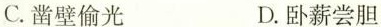
C.凿壁偷光 D.卧薪尝胆